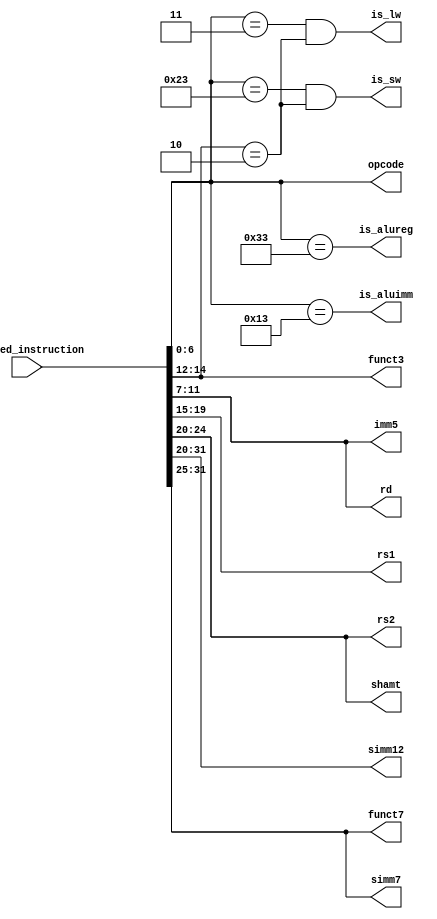
module qed_decoder (/*AUTOARG*/
   // Outputs
   is_lw, is_sw,is_aluimm,is_alureg, rd, rs1, rs2, opcode, simm12, funct3, funct7,
   imm5,simm7, shamt,
   // Inputs
   ifu_qed_instruction
   );

                         
//   input [32:0]  ifu_qed_instruction; // instruction
   input  [31:0] ifu_qed_instruction;
   wire   [31:0] instruction;
   assign instruction = ifu_qed_instruction;
   
   output [4:0]  rd;
   output [4:0]  rs1;
   output [4:0]  rs2;
   output [6:0]  opcode;
   output [11:0] simm12;  // signed imm for I type or instructions using rd, rs1 only like LW 
   output [2:0] funct3;
   output [6:0] funct7;
   output [4:0] imm5;  // lower order imm bits for S type instruction
   output [6:0] simm7; // higher order bits (including sign bits) of imm operand for S type instruction
   output [4:0] shamt; // shift amount for immediate shift operations
   
  	
   // determine which format to use
   output 	is_lw;
   output 	is_sw;
   output 	is_aluimm;
   output 	is_alureg; // includes mult instructions

   // wire 	 LW;
   // wire 	 SW;

   // wire 	 ADD;      
   // wire 	 AND;      
   // wire 	 OR;      
   // wire 	 XOR;      
   // wire 	 SUB;      
   // wire 	 ADDI;     
   // wire 	 MUL;     
   // wire 	 MULH;     
   // wire 	 MULHU;     

   // op, for all formats
   assign opcode = instruction[6:0];
   assign rd = instruction[11:7];
   assign rs1 = instruction[19:15];
   assign rs2 = instruction[24:20];
   assign simm12 = instruction[31:20];
   assign simm7 = instruction[31:25];
   assign imm5 = instruction[11:7];
   assign shamt = instruction[24:20];
   assign funct3 = instruction[14:12];
   assign funct7 = instruction[31:25];

   // these constraints taken from riscv-spec-v2.1.pdf (pg. 54)
   assign is_lw = (opcode == 7'b0000011) && (funct3 == 3'b010);
   assign is_sw = (opcode == 7'b0100011) && (funct3 == 3'b010);
   assign is_alureg = (opcode == 7'b0110011);
   assign is_aluimm = (opcode == 7'b0010011);
        
endmodule